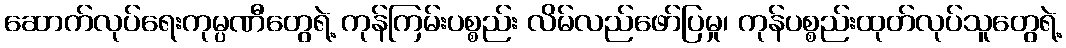
ဆောက်လုပ်ရေးကုမ္ပဏီတွေရဲ့ ကုန်ကြမ်းပစ္စည်း လိမ်လည်ဖော်ပြမှု၊ ကုန်ပစ္စည်းထုတ်လုပ်သူတွေရဲ့